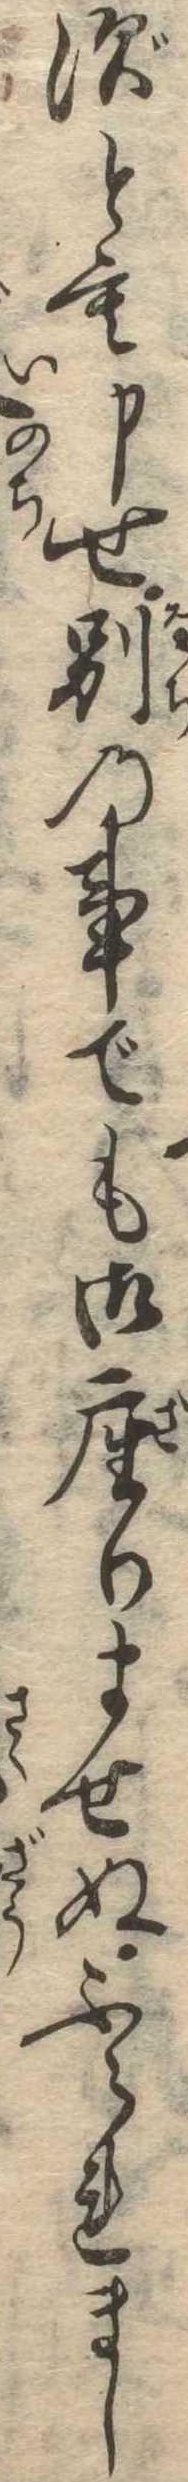
ずとも申せ別の事でも御座りませぬふられまし